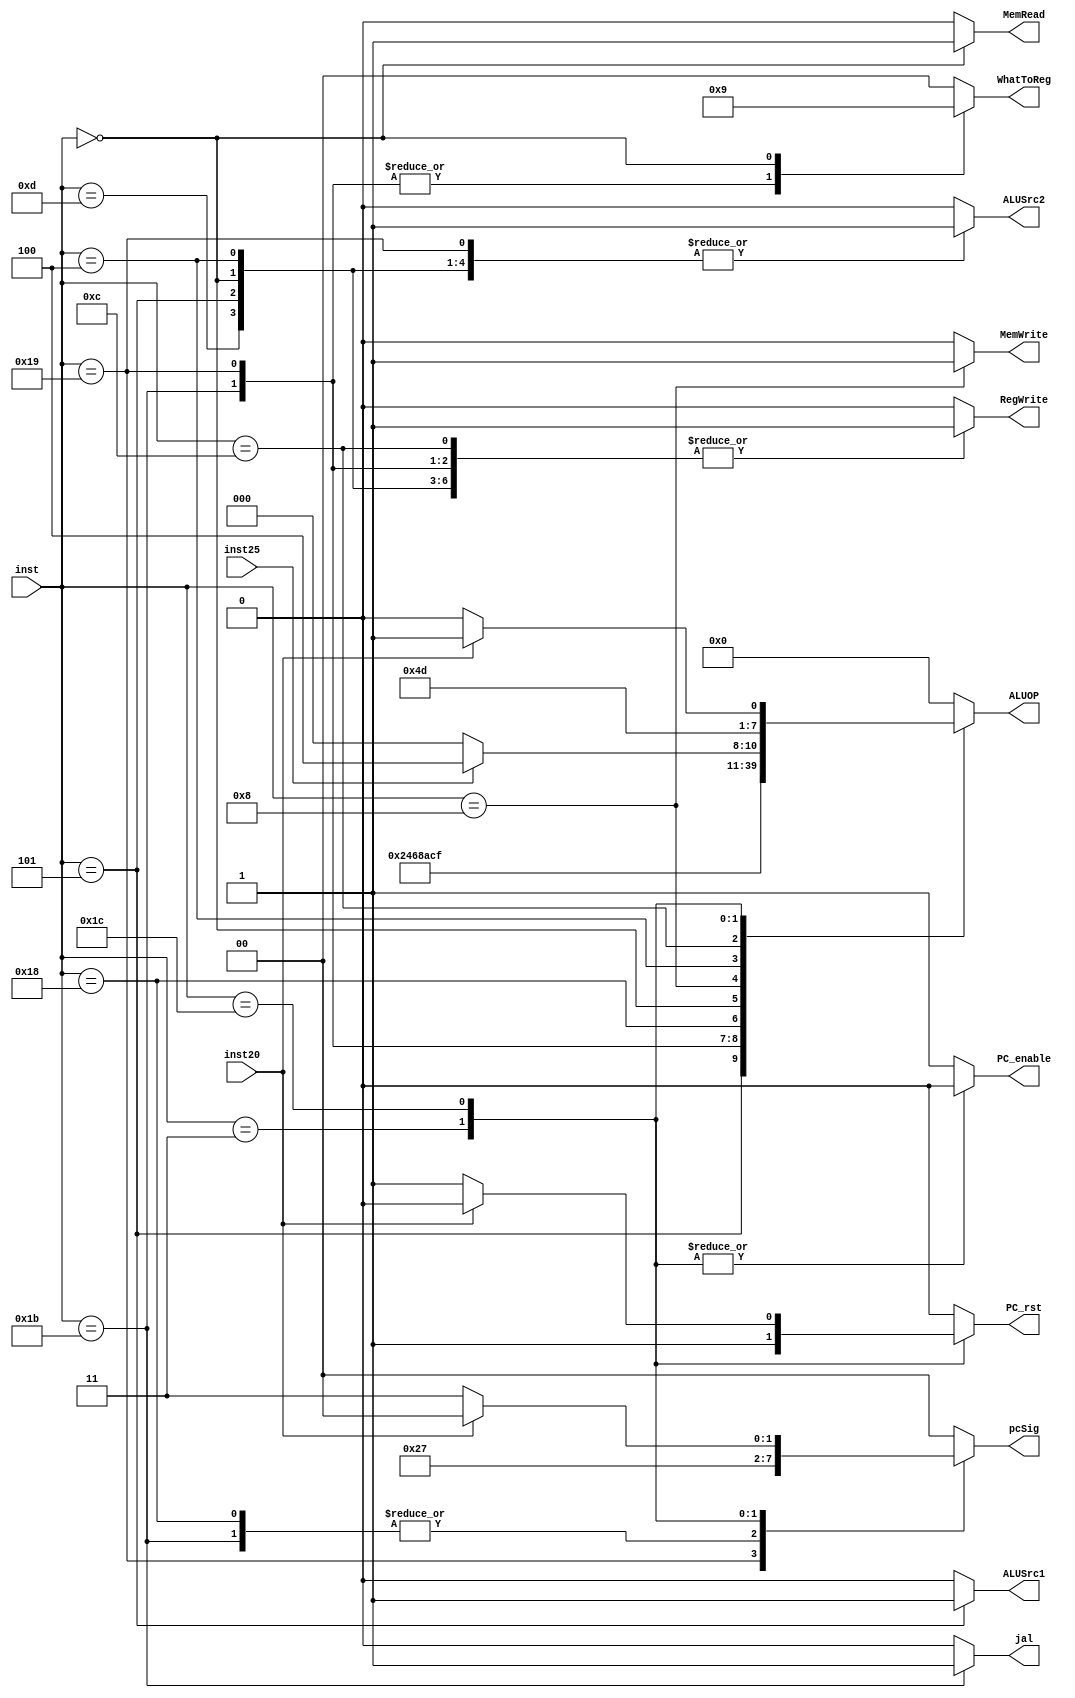
`timescale 1ns / 1ps
//////////////////////////////////////////////////////////////////////////////////
// Company: 
// Engineer: 
// 
// Design Name: 
// Module Name: control
// Project Name: 
// Target Devices: 
// Tool Versions: 
// Description: 
// 
// Dependencies: 
// 
// Revision:
// Revision 0.01 - File Created
// Additional Comments:
// 
//////////////////////////////////////////////////////////////////////////////////


module control(
    input       [4:0] inst,
    input             inst20,
    input             inst25,//M-format
    output reg        jal, MemRead,
    output reg  [1:0] WhatToReg,
    output reg        MemWrite, ALUSrc1, ALUSrc2, RegWrite, 
    output reg  [1:0] pcSig, 
    output reg        PC_enable, PC_rst,
    output reg  [3:0] ALUOP 
    );
    always @(*) begin
        case(inst)  
          5'b01101 : begin //LUI
            jal = 0;
            MemRead = 0;
            WhatToReg = 2'b00;
            ALUOP = 4'b0000;
            MemWrite = 0;
            ALUSrc1 = 0;
            ALUSrc2 = 1;
            RegWrite = 1; 
            pcSig = 2'b00;
            PC_enable =1;
            PC_rst = 0;
          end
          5'b00101 : begin //AUIPC
            jal = 0;
            MemRead = 0;
            WhatToReg = 2'b00;
            ALUOP = 4'b0001;
            MemWrite = 0;
            ALUSrc1 = 1;
            ALUSrc2 = 1;
            RegWrite = 1; 
            pcSig = 2'b00;
            PC_enable =1;
            PC_rst = 0;
          end
          5'b11011 : begin //JAL
            jal = 1;
            MemRead = 0;
            WhatToReg = 2'b10;
            ALUOP = 4'b0010;
            MemWrite = 0;
            ALUSrc1 = 0;
            ALUSrc2 = 0;
            RegWrite = 1; 
            pcSig = 2'b01;
            PC_enable =1;
            PC_rst = 0;
          end
          5'b11001 : begin //JALR
            jal = 0;
            MemRead = 0;
            WhatToReg = 2'b10;
            ALUOP = 4'b0011;
            MemWrite = 0;
            ALUSrc1 = 0;
            ALUSrc2 = 1;
            RegWrite = 1; 
            pcSig = 2'b10;
            PC_enable =1;
            PC_rst = 0;
          end
          5'b11000 : begin //B-Format
            jal = 0;
            MemRead = 0;
            WhatToReg = 2'b00;
            ALUOP = 4'b0100;
            MemWrite = 0;
            ALUSrc1 = 0;
            ALUSrc2 = 0;
            RegWrite = 0; 
            pcSig = 2'b01;
            PC_enable =1; 
            PC_rst = 0;       
          end
          5'b00000 : begin //I-Format (load)
            jal = 0;
            MemRead = 1;
            WhatToReg = 2'b01;
            ALUOP = 4'b0101;
            MemWrite = 0;
            ALUSrc1 = 0;
            ALUSrc2 = 1;
            RegWrite = 1; 
            pcSig = 2'b00;
            PC_enable =1;   
            PC_rst = 0;     
          end
          5'b01000 : begin //S-Format
            jal = 0;
            MemRead = 0;
            WhatToReg = 2'b00;
            ALUOP = 4'b0110;
            MemWrite = 1;
            ALUSrc1 = 0;
            ALUSrc2 = 1;
            RegWrite = 0; 
            pcSig = 2'b00;
            PC_enable =1;   
            PC_rst = 0;     
          end
          5'b00100 : begin //I-Format
            jal = 0;
            MemRead = 0;
            WhatToReg = 2'b00;
            ALUOP = 4'b0111;
            MemWrite = 0;
            ALUSrc1 = 0;
            ALUSrc2 = 1;
            RegWrite = 1; 
            pcSig = 2'b00;
            PC_enable =1;     
            PC_rst = 0;   
          end
          5'b01100 : begin if (!inst25)
           begin //R-Format
            jal = 0;
            MemRead = 0;
            WhatToReg = 2'b00;
            ALUOP = 4'b1000;
            MemWrite = 0;
            ALUSrc1 = 0;
            ALUSrc2 = 0;
            RegWrite = 1; 
            pcSig = 2'b00;
            PC_enable =1; 
            PC_rst = 0; 
          end 
          else begin
         //M-Format
            jal = 0;
            MemRead = 0;
            WhatToReg = 2'b00;
            ALUOP = 4'b1100;
            MemWrite = 0;
            ALUSrc1 = 0;
            ALUSrc2 = 0;
            RegWrite = 1; 
            pcSig = 2'b00;
            PC_enable =1; 
            PC_rst = 0; 
          end
          end
          5'b00011 : begin //FENCE
            jal = 0;
            MemRead = 0;
            WhatToReg = 2'b00;
            ALUOP = 4'b1001;
            MemWrite = 0;
            ALUSrc1 = 0;
            ALUSrc2 = 0;
            RegWrite = 0; 
            pcSig = 2'b11;
            PC_enable =0;      
            PC_rst = 1;  
          end
          5'b11100 : begin
          if (!inst20) begin //ECALL
            jal = 0;
            MemRead = 0;
            WhatToReg = 2'b00;
            ALUOP = 4'b1010;
            MemWrite = 0;
            ALUSrc1 = 0;
            ALUSrc2 = 0;
            RegWrite = 0; 
            pcSig = 2'b11;
            PC_enable =0;
            PC_rst = 1;
            //$display ("Hello");      
            end        
          else  begin //EBREAK
            jal = 0;
            MemRead = 0;
            WhatToReg = 2'b00;
            ALUOP = 4'b1011;
            MemWrite = 0;
            ALUSrc1 = 0;
            ALUSrc2 = 0;
            RegWrite = 0; 
            pcSig = 2'b00;
            PC_enable =0;   
            PC_rst = 0; 
          end
          end
          default  : begin
            jal = 0;
            MemRead = 0;
            WhatToReg = 0;
            ALUOP = 4'b0000;
            MemWrite = 0;
            ALUSrc1 = 0;
            ALUSrc2 = 0;
            RegWrite = 0; 
            pcSig = 2'b00;
            PC_enable =1; 
            PC_rst = 0;
          end
        endcase  
    end
endmodule